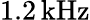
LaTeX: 1.2\, \mathrm{kHz}